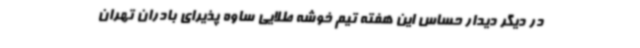
در دیگر دیدار حساس این هفته تیم خوشه طلایی ساوه پذیرای بادران تهران